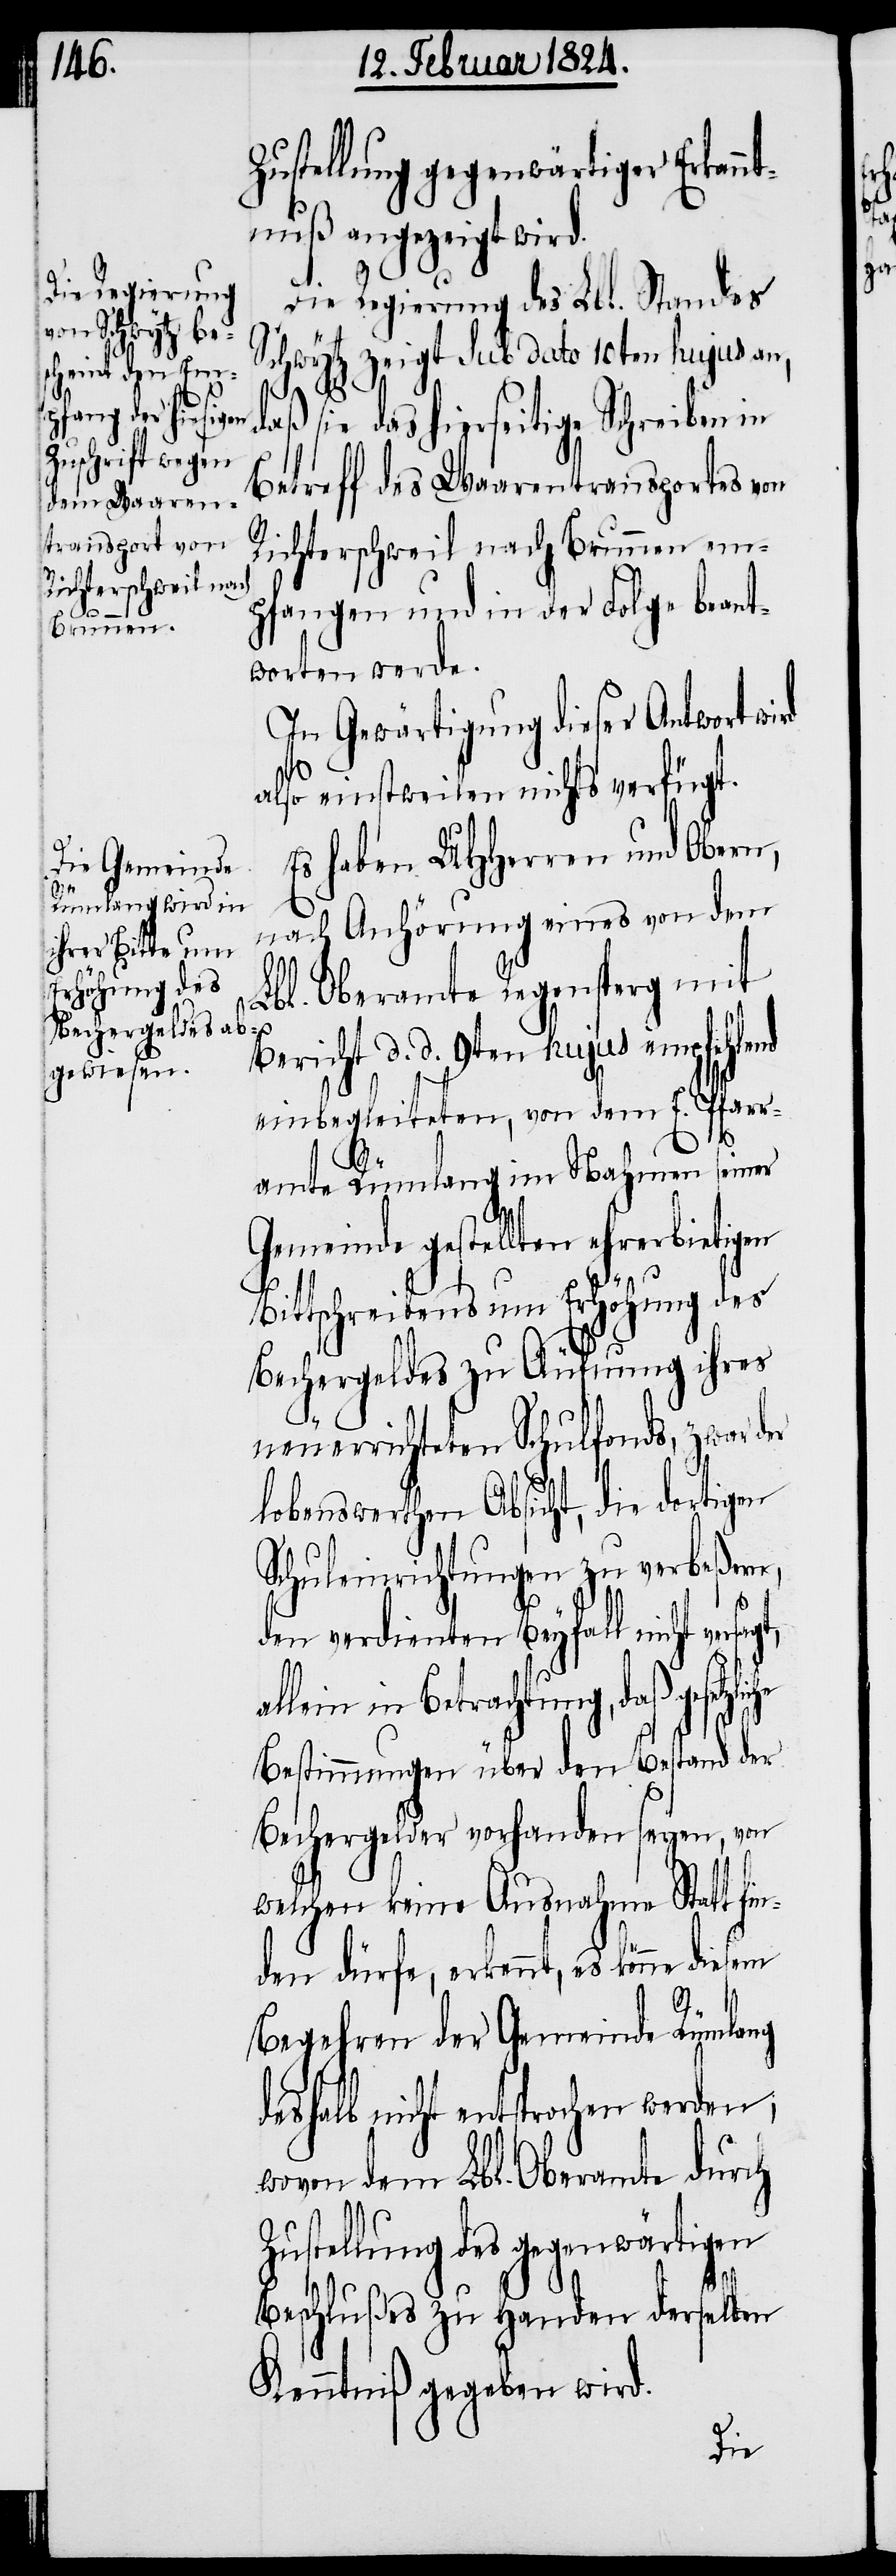
Zustellung gegenwärtiger Erkannt¬
nuß angezeigt wird.
Regierung zeigt sub dato 10ten hujus an,
daß sie das hierseitige Schreiben in
Betreff des Waarentransportes von
Richterschweil nach Brunnen em¬
d¬
pfangen und in der Folge beant¬
worten werde.
In Gewärtigung dieser Antwort wi¬
also einstweilen nichts verfügt.
Es haben UHHerren und Obern,
nach Anhörung eines von dem
Lbl. Oberamte Regensperg mit
Bericht d. d. 9ten hujus empfehlend
einbegleiteten, von dem E. Pfarr¬
amte Rümlang im Nahmen seiner
Gemeinde gestellten ehrerbietigen
Bittschreibens um Erhöhung des
Bechergeldes zu Äufnung ihres
neuerrichteten Schulfonds, zwar der
lobenswerthen Absicht, die dortigen
Schuleinrichtungen zu verbeßern,
den verdienten Beyfall nicht versa¬
lein in Betrachtung, daß gesetz¬
Bestimmungen über den Bestand der
Bechergelder vorhanden seyen, von
welchen keine Ausnahme Statt fi¬
nden dürfe, erkennt, es könne diesem
Begehren der Gemeinde Rümlang
eshalb nicht entsprochen werden,
wovon dem Lbl. Oberamte durch
Zustellung des gegenwärtigen
liche
Beschlußes zu Handen derselben
Kenntniß gegeben wird.
Die